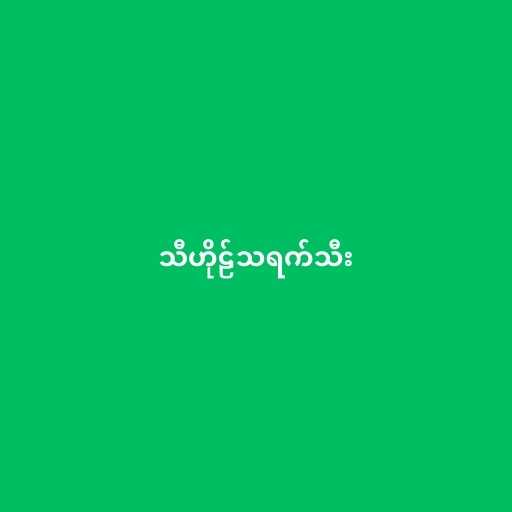
သီဟိုဠ်သရက်သီး